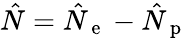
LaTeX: \hat{N}=\hat{N}_{\mathrm{~e~}}-\hat{N}_{\mathrm{~p~}}